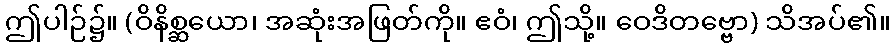
ဤပါဉ်၌။ (ဝိနိစ္ဆယော၊ အဆုံးအဖြတ်ကို။ ဧဝံ၊ ဤသို့။ ဝေဒိတဗ္ဗော) သိအပ်၏။